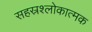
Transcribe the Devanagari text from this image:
सहस्रश्लोकात्मक